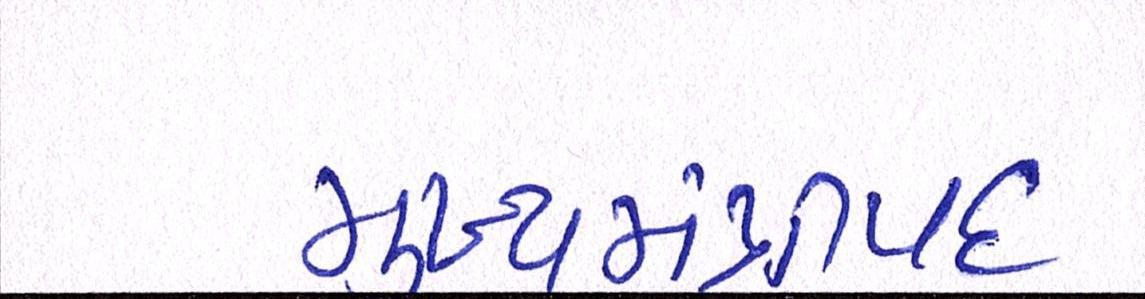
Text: મુખ્યમંત્રીપદ